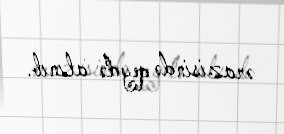
ərazisində qeydə alınıb.